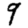
Digit: 9